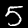
Digit: 5